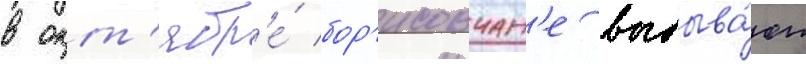
в окт'ябр'е́ бор'исовчан'е выбыва́ют